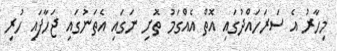
މިހާރު އެ ސަރަހައްދުގައި އޮތް އެއްގަމު ތޮށި ނަގައި އެތަނުގައި ޖަހާފައި ހުރި